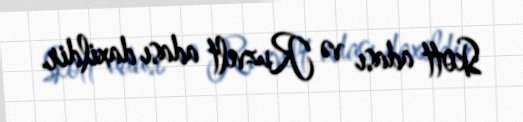
Skott adası və Ruzvelt adası daxildir.